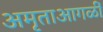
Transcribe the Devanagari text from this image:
अमृताआगळीं